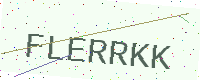
Text: FLERRKK